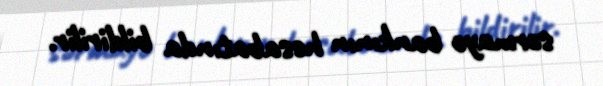
sərmayə bankının hesabatında bildirilir.